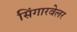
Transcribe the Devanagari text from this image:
सिंगारवेलर